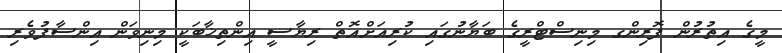
މީގެ އިތުރުން ފޮރިންގ މިނިސްޓްރީގެ ބަޔާނުގައި ކުރިއަށްއޮތް ރިޔާސީ އިންތިޚާބަކީ މިނިވަން އިންސާފުވެރި